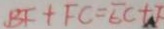
B F + F C = E C + F